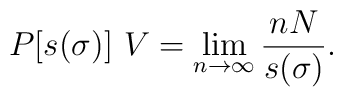
P[s(\sigma)]~{ V} = \lim_{n\to \infty}\frac{nN}{s(\sigma)}.